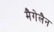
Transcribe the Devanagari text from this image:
मैगेलैन